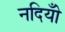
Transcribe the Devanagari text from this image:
नदियोँ